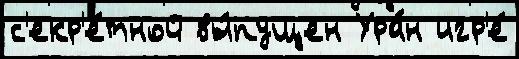
с'екр'е́тной вы́пущен Ура́н игр'е́